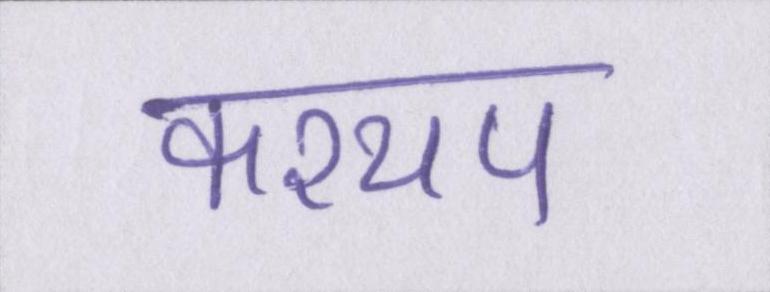
कश्यप